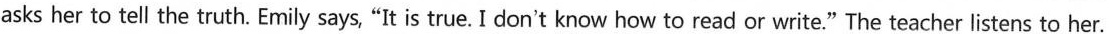
asks her to tell the truth. Emily says, “It is true. I don't know how to read or write." The teacher listens to her.